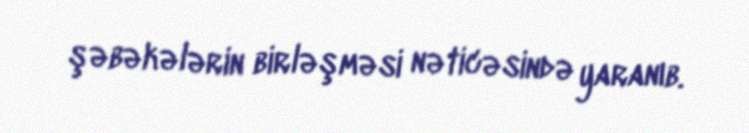
şəbəkələrin birləşməsi nəticəsində yaranıb.